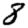
Digit: 8